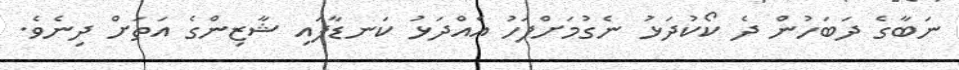
ނަބާގެ ދަބަހުން ދެ ކޯކުދަޅު ނެގުމަށްފަހު އެއްދަޅު ކަނޑާފައި ޝާޒިންގެ އަތަށް ދިނެވެ.